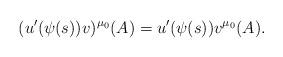
LaTeX: \begin{align*}(u'(\psi(s))v)^{\mu_0}(A) = u'(\psi(s))v^{\mu_0}(A).\end{align*}